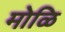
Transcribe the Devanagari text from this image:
मोळि